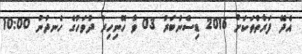
އެދޭ ފަރާތްތަކަށް 2016 ޑިސެންބަރު 03 ވާ ހޮނިހިރު ދުވަހުގެ ހެނދުނު 10:00